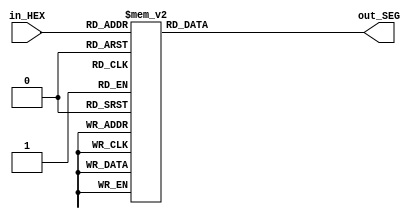
module hexdisplay (in_HEX, out_SEG);

	input [3:0] in_HEX;
	
	// the outout 'out_SEG' is declared as 'output reg'
	// since it is assigned in  an always block
	
	output reg [6:0] out_SEG;
	
	always @ (in_HEX)
	case (in_HEX)
		4'h0: out_SEG <= 7'b1000000;
		4'h1: out_SEG <= 7'b1111001;
		4'h2: out_SEG <= 7'b0100100;
		4'h3: out_SEG <= 7'b0110000;
		4'h4: out_SEG <= 7'b0011001;
		4'h5: out_SEG <= 7'b0010010;
		4'h6: out_SEG <= 7'b0000010;
		4'h7: out_SEG <= 7'b1111000;
		4'h8: out_SEG <= 7'b0000000;
		4'h9: out_SEG <= 7'b0011000;
		4'ha: out_SEG <= 7'b0001000;
		4'hb: out_SEG <= 7'b0000011;
		4'hc: out_SEG <= 7'b1000110;
		4'hd: out_SEG <= 7'b0100001;
		4'he: out_SEG <= 7'b0000110;
		4'hf: out_SEG <= 7'b0001110;
	endcase
	
endmodule